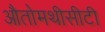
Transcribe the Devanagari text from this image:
औतोमथीसीटी